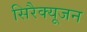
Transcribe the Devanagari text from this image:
सिरैक्यूजन